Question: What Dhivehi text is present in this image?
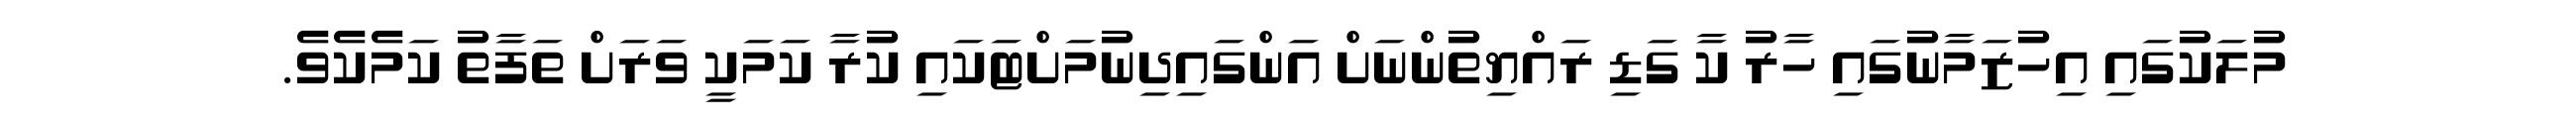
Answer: މުލަކުގައި އިހުޒަމާނުގައި ހާރު ކާ ގަޑި ރައްޔިތުންނަށް އަންގައިދިނުމަށްޓަކައި ކުރާ ކަމަކީ ވަރަށް ތަފާތު ކަމެކެވެ.